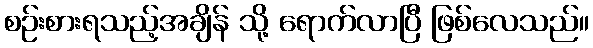
စဉ်းစားရသည့်အချိန် သို့ ရောက်လာပြီ ဖြစ်လေသည်။